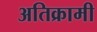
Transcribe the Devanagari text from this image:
अतिक्रामी